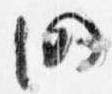
仍